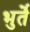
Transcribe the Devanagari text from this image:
भुर्ते